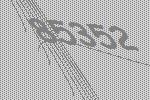
85352